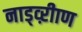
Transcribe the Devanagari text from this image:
नाड्व्ऱीाण